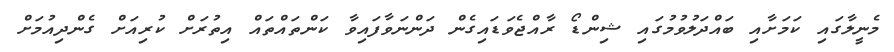
މެނީލާގައި ކަމަށާއި ބައްދަލުވުމުގައި ޝިންޑޯ ރާއްޖެވަޑައިގެން ދަންނަވާފައިވާ ކަންތައްތައް އިތުރަށް ކުރިއަށް ގެންދިއުމަށް